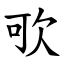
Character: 㰤